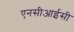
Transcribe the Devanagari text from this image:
एनसीआईसी